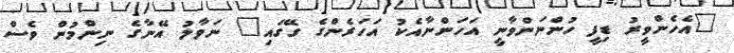
"އެހެންވީރު ޑިފީ ހުންނަންވާނީ އަހަންނާއެކު އަހަރެންގެ ގޭގައި" ނަވާލު އޭނާގެ ނިންމުން ވެސް